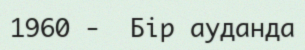
1960 -  Бір ауданда